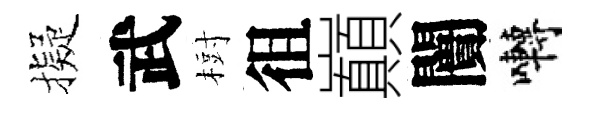
擬武𣗳徂巔闠囀